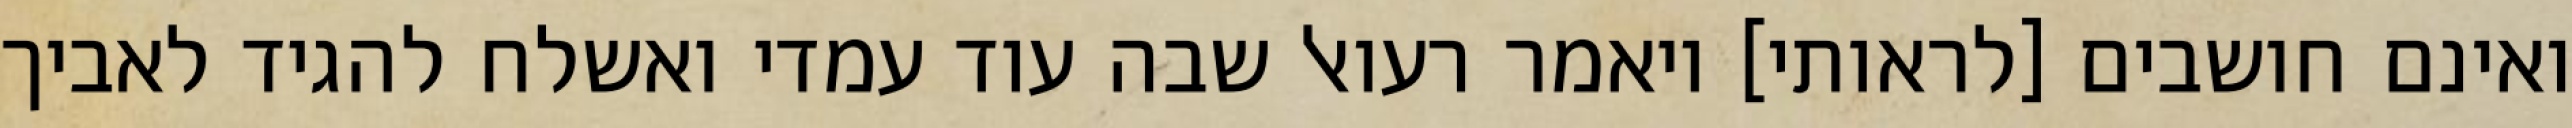
ואינם חושבים [לראותי] ויאמר רעואל שבה עוד עמדי ואשלח להגיד לאביך